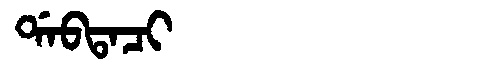
Manchu: ᡩᠠᠪᡨᠠᠴᡳ
Romanization: DABTACI